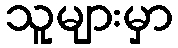
သူများမှာ